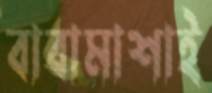
বাবামাশাই